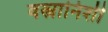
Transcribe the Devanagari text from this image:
वस्त्रानिशी